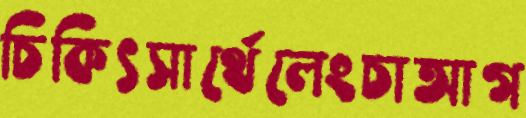
চিকিৎসার্থেলেংচাআগ